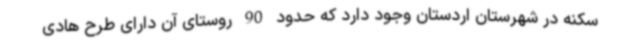
سکنه در شهرستان اردستان وجود دارد که حدود 90 روستای آن دارای طرح هادی